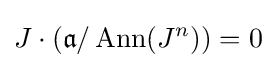
J\cdot ({\mathfrak {a}}/\operatorname {Ann} (J^{n}))=0